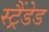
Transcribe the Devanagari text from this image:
स्ट्रैंडेड